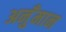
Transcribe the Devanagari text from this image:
अनुँमान